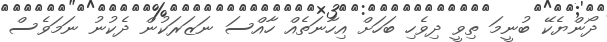
ދޯންޔެކޭ ބުނީމަ ތިވީ ދިވެހި ބަހަށް އިހާނަތެއް ހާއްސަ ނަޒަރަކުން ދެކުނު ނަމަވެސް